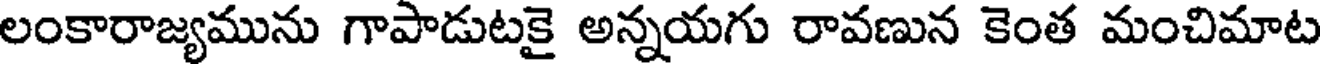
లంకారాజ్యమును గాపాడుటకై అన్నయగు రావణున కెంత మంచిమాట